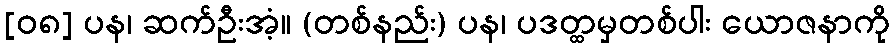
[၀၈] ပန၊ ဆက်ဦးအံ့။ (တစ်နည်း) ပန၊ ပဒတ္ထမှတစ်ပါး ယောဇနာကို